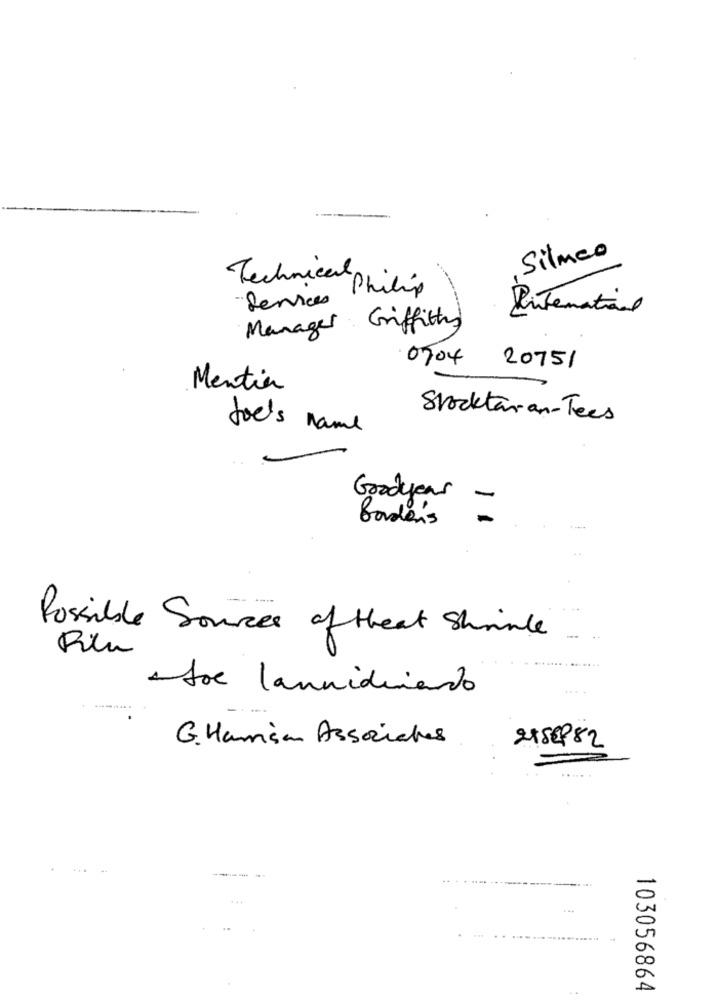
Silmeo
Technical philip
Devices
International
Manager Griffith)
0704
20751
Mentier
Stocktaran- Tees
Joe's name
Goodyear
Bode's
Possible Sources of theat Shrinle
Film
1Joe launidriendo
G. Harim Associates
2xSEP82
-----
103056864